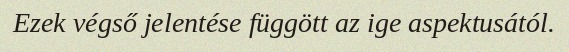
Ezek végső jelentése függött az ige aspektusától.